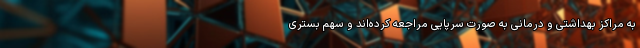
به مراکز بهداشتی و درمانی به صورت سرپایی مراجعه کرده‌اند و سهم بستری